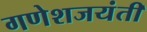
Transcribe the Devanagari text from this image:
गणेशजयंती